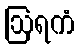
ဩရကံ